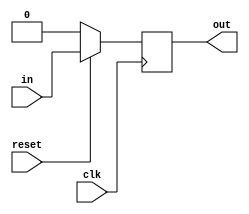
module dff(

        input clk,

        input reset,

        input in,

        output out,
);      
        reg out;

        // triggered at the falling edge of clk or reset

        always @(posedge clk )

               begin

                       // meaning of 1'b0

                       // 1: 1-bit, b: binary, 0: low

                       if (reset == 1'b0) // if reset is low

                               out <= 1'b0;  // out is zero

                       else

                               out <= in;  // out is in

               end
                      
endmodule